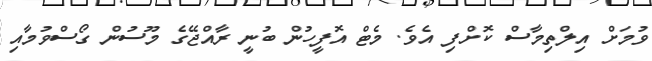
ވުމަށް އިލްތިމާސް ކޮށްފި އެވެ. މެޓް އޮފީހުން ބުނީ ރާއްޖޭގެ މޫސުން ގޯސްވުމާއި